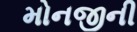
મોનજીની